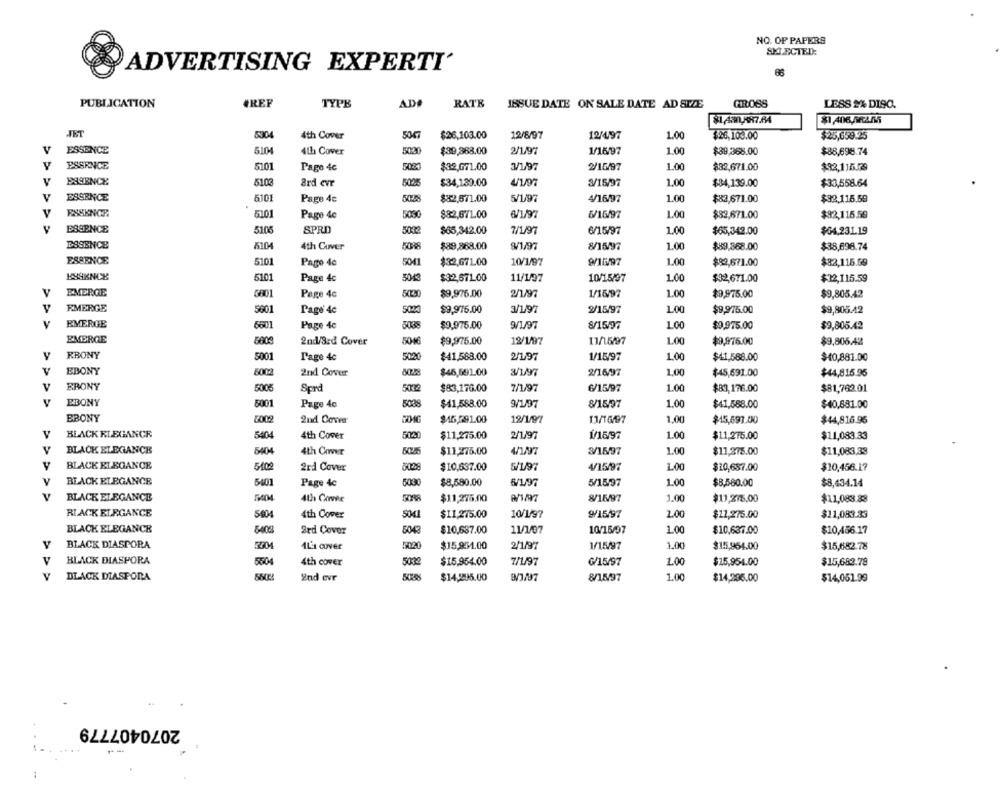
NO. OF PAPERS
SKI ECTED:
ADVERTISING EXPERTI'
PUBLICATION
TYPE
AD
RATE
ISSUE DATE ON SALE DATE AD SIZE
GROSS
LESS 2% DISC.
5304
4th Cover
5047
12/8/97
1.00
$26,103.00
12/497
$26,100.00
$25,659.25
v
ESSENCE
5104
4th Cover
5030
$39,368.00
2/1/97
1/16/97
1.00
$89,368.00
$88,698.74
V
ESSENCE
5101
$32,671.00
3/1/97
2/16/97
1.00
$32,671.00
$92,115.79
Page 4c
V
ESSENCE
5103
$34,139.00
3/15/97
1.00
$84,139.00
$33,558.64
&rd eve
ESSENCE
5101
Page 4c
$82,571.00
5/1/97
4/16/97
1.00
$82,671.00
$32.115.59
V
ESSKNOP
5101
$82,671.00
6/1/97
6/16/97
1.00
$82,671.00
$92,115.59
Page 4c
V
ESSENCE
5105
SPRD
5032
6/15/97
1.00
$65,342.00
7/1/97
$65,342.00
$54,23.1.19
ESSENCE
K104
9/1/97
8/15/97
1.00
$89,868.00
4th Cover
$89,868.00
$38,696.74
ESSENCE
5101
5041
$32,671.00
10/1/97
9/16/97
1.00
$82,115.59
Pago 4c
$82,671.00
5101
Page 4c
$32,671.00
11/1/07
10/15/97
1.00
$92,671.00
$12,115.59
v
EMERGE
5801
$9,976.00
1/16/97
1.00
$9,975.00
$9,805.42
Page 4c
v
EMERGE
$9,975.00
V/197
1.00
$9,975.00
5601
Page' 4c
2/15/97
$9,805.42
v
EMERGE
Page 4c
$9.975.00
8/15/97
1.00
$0.975.00
$9,806.42
6601
EMERGE
2nd/3rd Cover
$9,975.00
12/1/97
11/15/97
1.00
$9,976.00
$9,806.42
y
RBONY
Page 4c
5020
$41,588.00
2/197
1/15/97
1.00
$41,588.00
$40,881.00
5001
EBONY
5002
2nd Cover
$46,591.00
3/17
2/16/97
1.00
$45,691.00
$44,815.95
ERONY
5005
Sprd
5002
$83,176.00
7/1/97
6/15/97
1.00
$83,176.00
$81,762.01
EBONY
5001
Page 4c
$41,588.00
9/1/97
8/15/97
1.00
$41,588.00
$40,881.00
EBONY
2009
2nd Cover
$15,291.00
12/1/97
11/16/97
1.00
$15,697.00
$44,816.95
v
BLACK RLEGANCE
5404
4th Cover
5020
$11,275.00
2/1/97
1/15/97
1.00
$11,275.00
$11,083.33
V
BLACK ELEGANCE
5404
4th Cover
$11,275.00
3/15/97
1.00
$11,275.00
$11,083.38
v
BLACK ELEGANCE
5402
2rd Cover
$10,637.00
5/197
4/15/97
1.00
$10,687.00
$10,456.17
BLACK ELEGANCE
5401
Page 4c
$8,580.00
6/197
5/15/97
1.00
$8,560.00
$8,434.14
V
BLACK ELEGANCE
4th Cover
$11,275.00
8/15/97
1.00
$11,275.00
$11,083.88
RIACK ELEGANCE
5404
4th Cover
$11,275.00
10/1/97
9/15/97
2.00
$22,275.00
$11,083.33
BLACK ELEGANCE
5402
2rd Cover
5043
$10,687.00
11/1/07
10/15/07
1.00
$10,637.00
$10,456.17
BLACK DIASPORA
ALL cover
$15,954.00
2/1/97
1/15/97
2.00
$15,954.00
$15,682.78
BLACK DIASPORA
4th cover
5032
$15,954.00
7/1/97
₲/15/97
1.00
$15,954.00
$15,682.78
v
DLACK DIASPORA
2nd evr
$14,295.00
8/15/97
7.00
$14,285.00
$14,051.99
2070407779
---